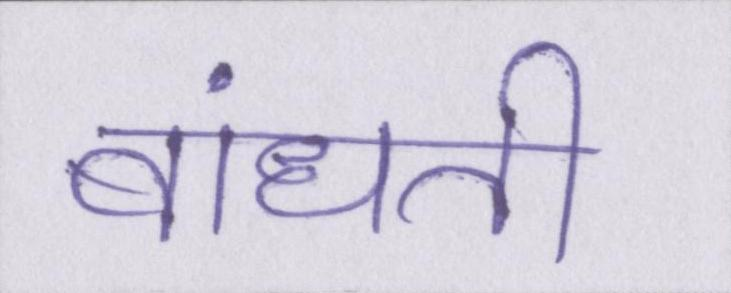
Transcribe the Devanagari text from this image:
बांधती